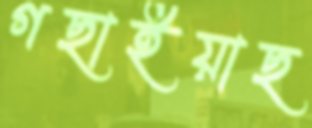
গছাইয়াছ